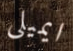
ايميلى